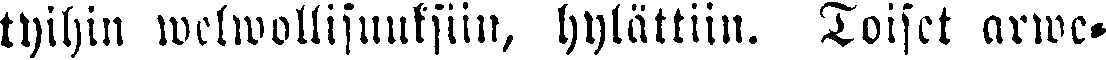
tyihin welwollisuuksiin, hylättiin. Toiset arwe-